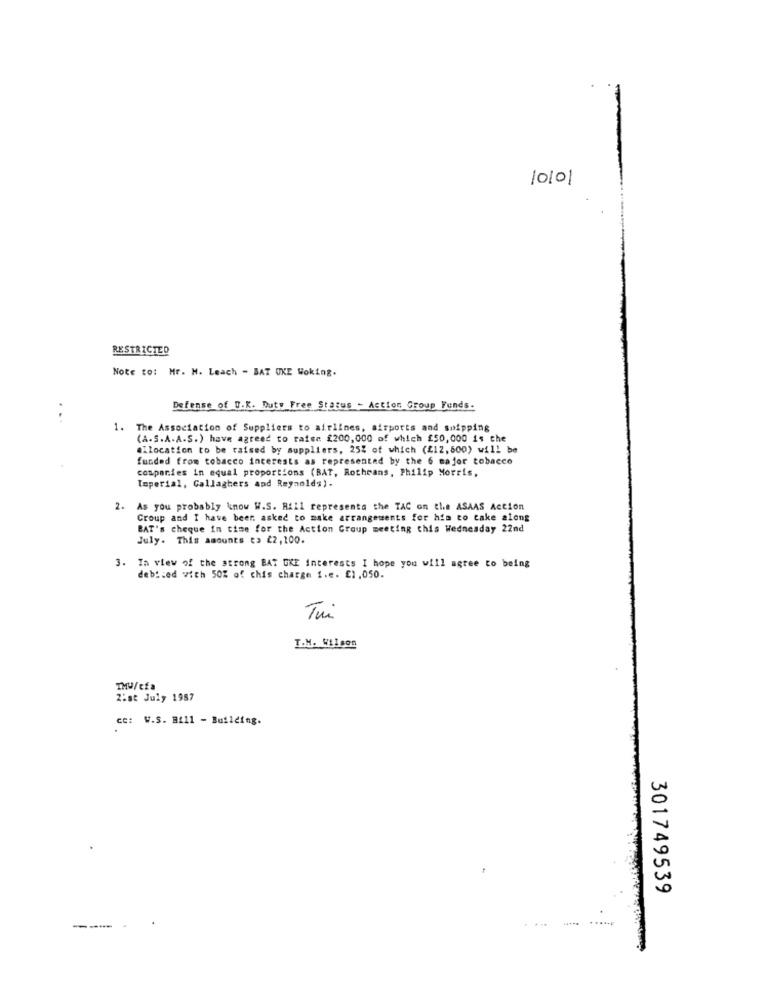
10101
RESTRICTED
Note to: Mr. H. Leach - BAT UKE Woking.
Defense of U.K. Duty Free Status - Action Group Funds.
The Association of Suppliers to airlines, airports and shipping
(A.S.A.A.S.) have agreed to raise £200,000 of which £50,000 is the
allocation to be raised by suppliers, 25% of which (£12,500) will be
funded from tobacco interests as represented by the 6 major tobacco
companies in equal proportions (BAT, Rotheans, Philip Morris,
Imperial, Gallaghers and Reynolds).
2. As you probably know W.S. Rill represents the TAC on the ASAAS Action
Croup and I have been asked to make arrangements for him to take along
BAT's cheque in time for the Action Group meeting this Wednesday 22nd
July. This amounts to 22,100.
. In view of the strong BAT GKE Interests I hope you will agree to being
deb :: ed with 50% of chis charge i.e. £1,050.
Tui
T.M. Wilson
THU/cfa
2:st July 1987
ce: W.S. Bill - Building.
301749539
--